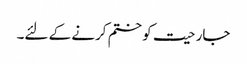
جارحیت کو ختم کرنے کے لئے۔